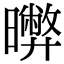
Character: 𣋹